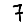
Digit: 7